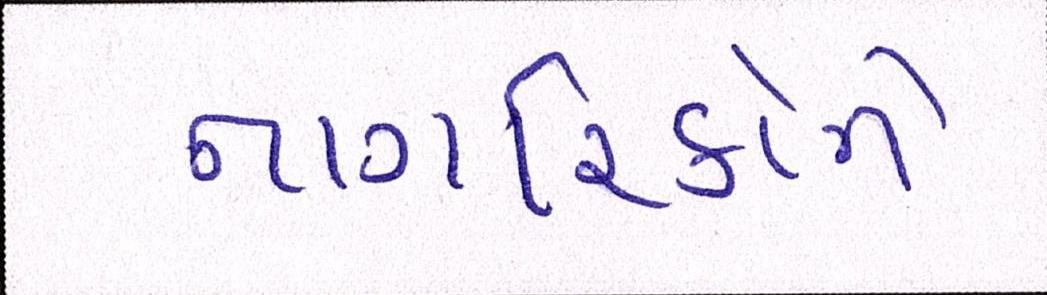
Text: નાગરિકોને